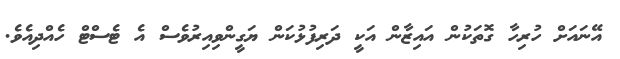
އޭނައަށް ހުރިހާ ގޮތަކުން އައިޒާން އަކީ ދަރިފުޅުކަން ޔަގީންވިއިރުވެސް އެ ޓެސްޓް ހެއްދިއެވެ.